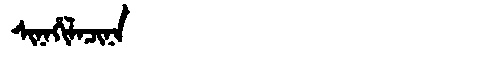
Manchu: ᠰᡳᠨᠠᡥᡳᠯᠠᠴᡳᠨᠠ
Romanization: SINAHILACINA